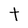
Character: t